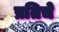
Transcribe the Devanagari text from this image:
प्रतिचे